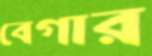
বেগার